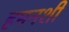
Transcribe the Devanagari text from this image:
हमनशीं